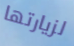
لزيارتها